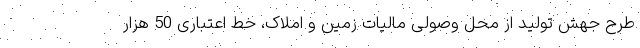
طرح جهش تولید از محل وصولی مالیات زمین و املاک، خط اعتباری 50 هزار